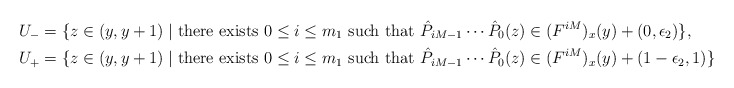
\begin{align*} U_- &=\{z\in (y,y+1)\mid \mbox{there exists} \ 0\leq i\leq m_1 \mbox{ such that } \hat{P}_{iM-1}\cdots \hat{P}_0(z)\in (F^{iM})_x(y)+(0,\epsilon_2)\}, \\ U_+ &=\{z\in (y,y+1)\mid \mbox{there exists} \ 0\leq i\leq m_1 \mbox{ such that } \hat{P}_{iM-1}\cdots \hat{P}_0(z)\in (F^{iM})_x(y)+(1-\epsilon_2,1)\}.\end{align*}